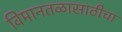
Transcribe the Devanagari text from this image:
विमानतळासाठीचा